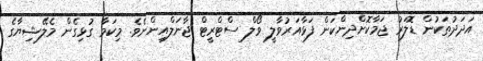
އަދަދުތަކުން ޑޮލަރު ޖަމާކޮށްދިންކަން ފަޅާއަރުވާލީ ވޯލް ސްޓްރީޓް ޖާނަލްއިންނެވެ. މިކަމާ ގުޅިގެން މެލޭޝިޔާގެ